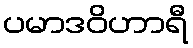
ပမာဒဝိဟာရီ